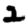
Digit: 2